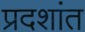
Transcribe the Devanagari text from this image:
प्रदशांत